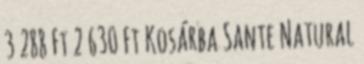
3 288 Ft 2 630 Ft Kosárba Sante Natural